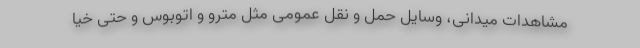
مشاهدات میدانی، وسایل حمل و نقل عمومی مثل مترو و اتوبوس و حتی خیا